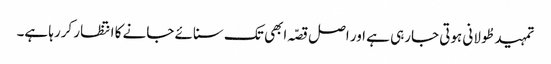
تمہید طُولانی ہوتی جارہی ہے اور اصل قصّہ ابھی تک سنائے جانے کا انتظار کررہا ہے۔